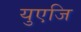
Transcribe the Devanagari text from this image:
युएजि